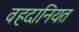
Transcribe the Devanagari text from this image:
वहदानियत